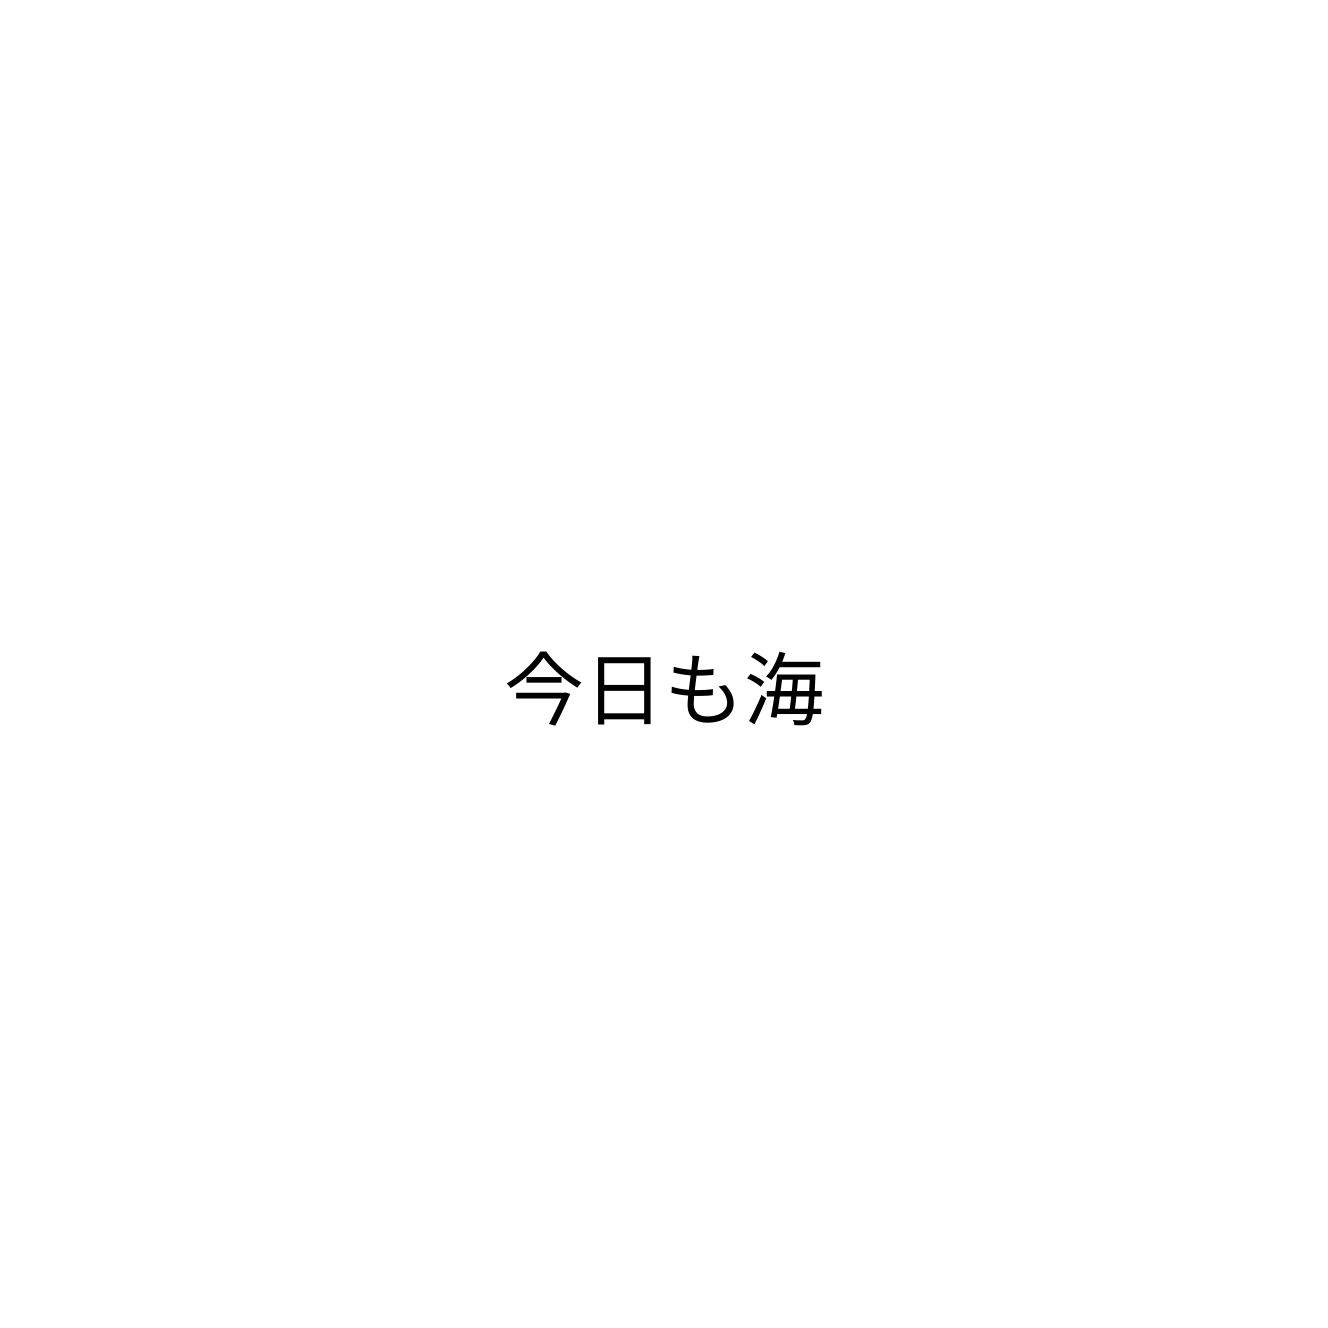
今日も海